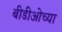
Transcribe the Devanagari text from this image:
बीडीओच्या